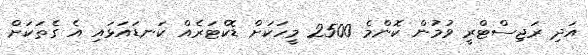
އަދި ރަޖިސްޓްރީ ވުމުން ކޮންމެ 2500 މީހަކަށް ޑޮކްޓަރެއް ކަނޑައަޅައި އެ ގެތަކަށް